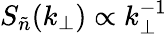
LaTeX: S_{\tilde{n}}(k_{\perp})\propto k_{\perp}^{-1}